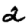
Digit: 2